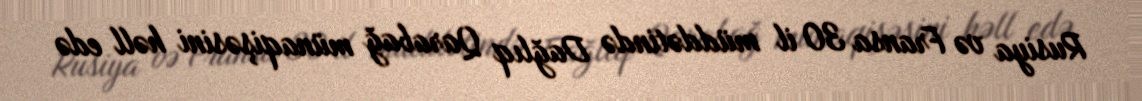
Rusiya və Fransa 30 il müddətində Dağlıq Qarabağ münaqişəsini həll edə